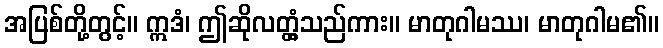
အပြစ်တို့တွင့်။ ဣဒံ၊ ဤဆိုလတ္တံ့သည်ကား။ မာတုဂါမဿ၊ မာတုဂါမ၏။